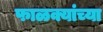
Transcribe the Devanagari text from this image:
फाळक्यांच्या